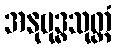
အနုဗုဒ္ဓသုတ္တံ